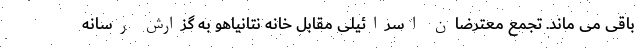
باقی می ماند. تجمع معترضان اسرائیلی مقابل خانه نتانیاهو به گزارش رسانه